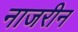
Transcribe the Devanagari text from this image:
नाजरीन